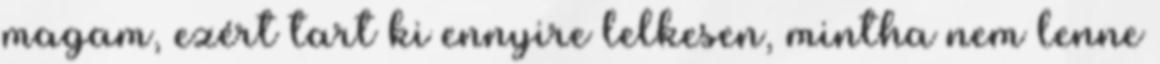
magam, ezért tart ki ennyire lelkesen, mintha nem lenne